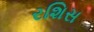
રશિસ